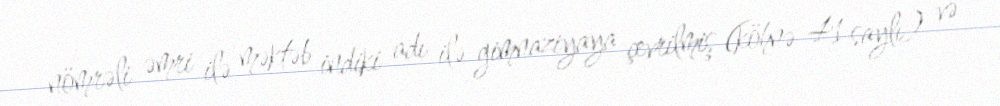
nömrəli əmri ilə məktəb indiki adı ilə gimnaziyaya çevrilmiş (köhnə 41 saylı) və